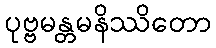
ပုဗ္ဗမန္တမနိဿိတော